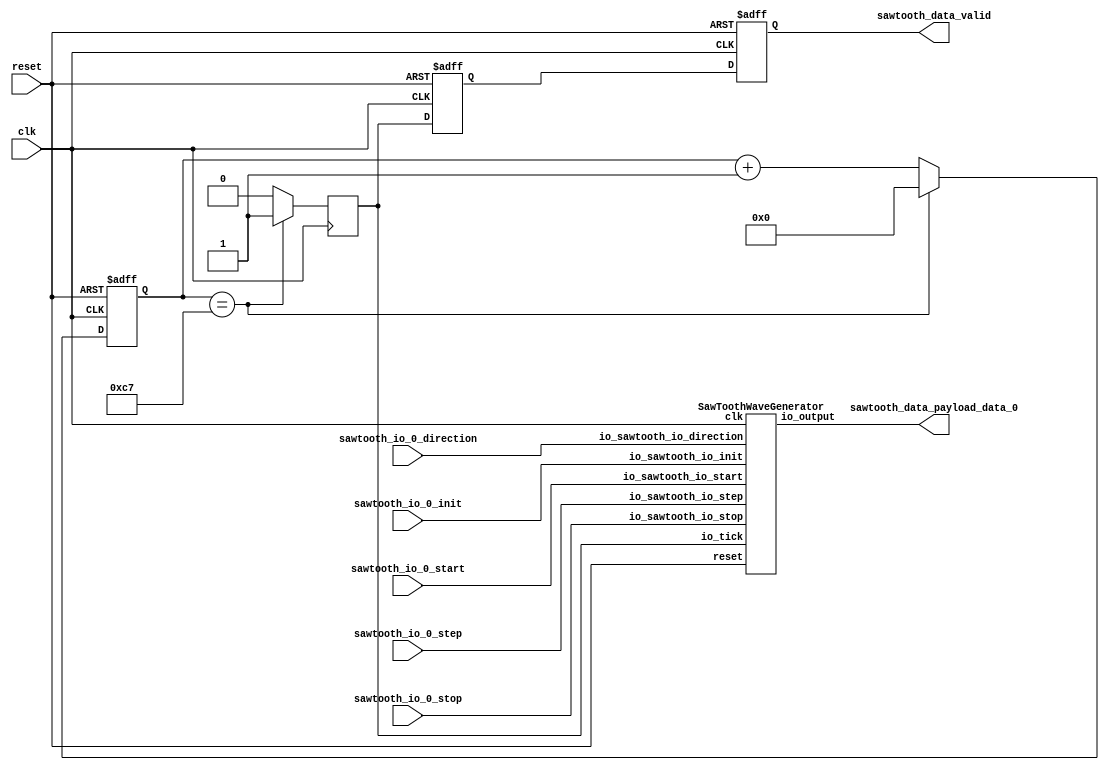
// Generator : SpinalHDL v1.8.0    git head : 4e3563a282582b41f4eaafc503787757251d23ea
// Component : SawTooth
// Git hash  : 0fd1febc8346d779f50a61815c7871e1da7e653f

`timescale 1ns/1ps

module SawTooth (
  input               sawtooth_io_0_direction,
  input      [7:0]    sawtooth_io_0_step,
  input               sawtooth_io_0_start,
  input               sawtooth_io_0_stop,
  input               sawtooth_io_0_init,
  output              sawtooth_data_valid,
  output     [15:0]   sawtooth_data_payload_data_0,
  input               clk,
  input               reset
);

  wire       [15:0]   sawtoothwavegenerator_0_io_output;
  wire       [7:0]    _zz_counter_valueNext;
  wire       [0:0]    _zz_counter_valueNext_1;
  wire                counter_willIncrement;
  wire                counter_willClear;
  reg        [7:0]    counter_valueNext;
  reg        [7:0]    counter_value;
  wire                counter_willOverflowIfInc;
  wire                counter_willOverflow;
  reg                 tick;
  reg                 tick_delay_1;
  reg                 tick_delay_2;

  assign _zz_counter_valueNext_1 = counter_willIncrement;
  assign _zz_counter_valueNext = {7'd0, _zz_counter_valueNext_1};
  SawToothWaveGenerator sawtoothwavegenerator_0 (
    .io_sawtooth_io_direction (sawtooth_io_0_direction                ), //i
    .io_sawtooth_io_step      (sawtooth_io_0_step[7:0]                ), //i
    .io_sawtooth_io_start     (sawtooth_io_0_start                    ), //i
    .io_sawtooth_io_stop      (sawtooth_io_0_stop                     ), //i
    .io_sawtooth_io_init      (sawtooth_io_0_init                     ), //i
    .io_output                (sawtoothwavegenerator_0_io_output[15:0]), //o
    .io_tick                  (tick                                   ), //i
    .clk                      (clk                                    ), //i
    .reset                    (reset                                  )  //i
  );
  assign counter_willClear = 1'b0; // @[Utils.scala 537:19]
  assign counter_willOverflowIfInc = (counter_value == 8'hc7); // @[BaseType.scala 305:24]
  assign counter_willOverflow = (counter_willOverflowIfInc && counter_willIncrement); // @[BaseType.scala 305:24]
  always @(*) begin
    if(counter_willOverflow) begin
      counter_valueNext = 8'h0; // @[Utils.scala 552:17]
    end else begin
      counter_valueNext = (counter_value + _zz_counter_valueNext); // @[Utils.scala 554:17]
    end
    if(counter_willClear) begin
      counter_valueNext = 8'h0; // @[Utils.scala 558:15]
    end
  end

  assign counter_willIncrement = 1'b1; // @[Utils.scala 540:41]
  assign sawtooth_data_payload_data_0 = sawtoothwavegenerator_0_io_output; // @[SawToothWaveGenerator.scala 90:38]
  assign sawtooth_data_valid = tick_delay_2; // @[SawToothWaveGenerator.scala 92:26]
  always @(posedge clk or posedge reset) begin
    if(reset) begin
      counter_value <= 8'h0; // @[Data.scala 400:33]
      tick_delay_1 <= 1'b0; // @[Data.scala 400:33]
      tick_delay_2 <= 1'b0; // @[Data.scala 400:33]
    end else begin
      counter_value <= counter_valueNext; // @[Reg.scala 39:30]
      tick_delay_1 <= tick; // @[Reg.scala 39:30]
      tick_delay_2 <= tick_delay_1; // @[Reg.scala 39:30]
    end
  end

  always @(posedge clk) begin
    tick <= 1'b0; // @[SawToothWaveGenerator.scala 82:8]
    if(counter_willOverflow) begin
      tick <= 1'b1; // @[SawToothWaveGenerator.scala 84:10]
    end
  end


endmodule

module SawToothWaveGenerator (
  input               io_sawtooth_io_direction,
  input      [7:0]    io_sawtooth_io_step,
  input               io_sawtooth_io_start,
  input               io_sawtooth_io_stop,
  input               io_sawtooth_io_init,
  output     [15:0]   io_output,
  input               io_tick,
  input               clk,
  input               reset
);

  wire       [14:0]   _zz_when_SawToothWaveGenerator_l52;
  wire       [14:0]   _zz_when_SawToothWaveGenerator_l52_1;
  wire       [14:0]   _zz_sawtooth_1;
  wire       [14:0]   _zz_when_SawToothWaveGenerator_l58;
  wire       [14:0]   _zz_sawtooth_1_1;
  wire       [15:0]   _zz_io_output;
  reg        [7:0]    step;
  reg        [14:0]   sawtooth_1;
  reg                 isRunning;
  reg                 start;
  reg                 stop;
  reg                 init;
  reg                 tick;
  reg                 init_regNext;
  reg                 stop_regNext;
  wire                when_SawToothWaveGenerator_l38;
  reg                 start_regNext;
  wire                when_SawToothWaveGenerator_l40;
  reg                 tick_regNext;
  wire                when_SawToothWaveGenerator_l49;
  wire                when_SawToothWaveGenerator_l52;
  wire                when_SawToothWaveGenerator_l58;

  assign _zz_when_SawToothWaveGenerator_l52 = (15'h7fff - _zz_when_SawToothWaveGenerator_l52_1);
  assign _zz_when_SawToothWaveGenerator_l52_1 = {7'd0, step};
  assign _zz_sawtooth_1 = {7'd0, step};
  assign _zz_when_SawToothWaveGenerator_l58 = {7'd0, step};
  assign _zz_sawtooth_1_1 = {7'd0, step};
  assign _zz_io_output = {1'd0, sawtooth_1};
  assign when_SawToothWaveGenerator_l38 = ((init && (! init_regNext)) || (stop && (! stop_regNext))); // @[BaseType.scala 305:24]
  assign when_SawToothWaveGenerator_l40 = (start && (! start_regNext)); // @[BaseType.scala 305:24]
  assign when_SawToothWaveGenerator_l49 = (tick && (! tick_regNext)); // @[BaseType.scala 305:24]
  assign when_SawToothWaveGenerator_l52 = (_zz_when_SawToothWaveGenerator_l52 < sawtooth_1); // @[BaseType.scala 305:24]
  assign when_SawToothWaveGenerator_l58 = (sawtooth_1 < _zz_when_SawToothWaveGenerator_l58); // @[BaseType.scala 305:24]
  assign io_output = (_zz_io_output + 16'h8000); // @[SawToothWaveGenerator.scala 66:13]
  always @(posedge clk or posedge reset) begin
    if(reset) begin
      step <= 8'h0; // @[Data.scala 400:33]
      sawtooth_1 <= 15'h0; // @[Data.scala 400:33]
      isRunning <= 1'b0; // @[Data.scala 400:33]
      start <= 1'b0; // @[Data.scala 400:33]
      stop <= 1'b0; // @[Data.scala 400:33]
      init <= 1'b0; // @[Data.scala 400:33]
      tick <= 1'b0; // @[Data.scala 400:33]
    end else begin
      step <= io_sawtooth_io_step; // @[SawToothWaveGenerator.scala 24:8]
      start <= io_sawtooth_io_start; // @[SawToothWaveGenerator.scala 29:9]
      stop <= io_sawtooth_io_stop; // @[SawToothWaveGenerator.scala 31:8]
      init <= io_sawtooth_io_init; // @[SawToothWaveGenerator.scala 33:8]
      tick <= io_tick; // @[SawToothWaveGenerator.scala 36:8]
      if(when_SawToothWaveGenerator_l38) begin
        isRunning <= 1'b0; // @[SawToothWaveGenerator.scala 39:15]
      end else begin
        if(when_SawToothWaveGenerator_l40) begin
          isRunning <= 1'b1; // @[SawToothWaveGenerator.scala 41:15]
        end else begin
          isRunning <= isRunning; // @[SawToothWaveGenerator.scala 43:15]
        end
      end
      if(init) begin
        sawtooth_1 <= 15'h0; // @[SawToothWaveGenerator.scala 46:14]
      end
      if(when_SawToothWaveGenerator_l49) begin
        if(isRunning) begin
          if(io_sawtooth_io_direction) begin
            if(when_SawToothWaveGenerator_l52) begin
              sawtooth_1 <= 15'h0; // @[SawToothWaveGenerator.scala 53:20]
            end else begin
              sawtooth_1 <= (sawtooth_1 + _zz_sawtooth_1); // @[SawToothWaveGenerator.scala 55:20]
            end
          end else begin
            if(when_SawToothWaveGenerator_l58) begin
              sawtooth_1 <= 15'h7fff; // @[SawToothWaveGenerator.scala 59:20]
            end else begin
              sawtooth_1 <= (sawtooth_1 - _zz_sawtooth_1_1); // @[SawToothWaveGenerator.scala 61:20]
            end
          end
        end
      end
    end
  end

  always @(posedge clk) begin
    init_regNext <= init; // @[Reg.scala 39:30]
    stop_regNext <= stop; // @[Reg.scala 39:30]
    start_regNext <= start; // @[Reg.scala 39:30]
    tick_regNext <= tick; // @[Reg.scala 39:30]
  end


endmodule